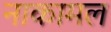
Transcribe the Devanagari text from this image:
नाकामल